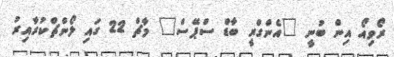
ރޯވިއޯ އިން ބުނީ "އެންގްރީ ބާޑް ސްޕޭސް" މާޗް 22 ގައި ލޯންޗްކުރާއިރު